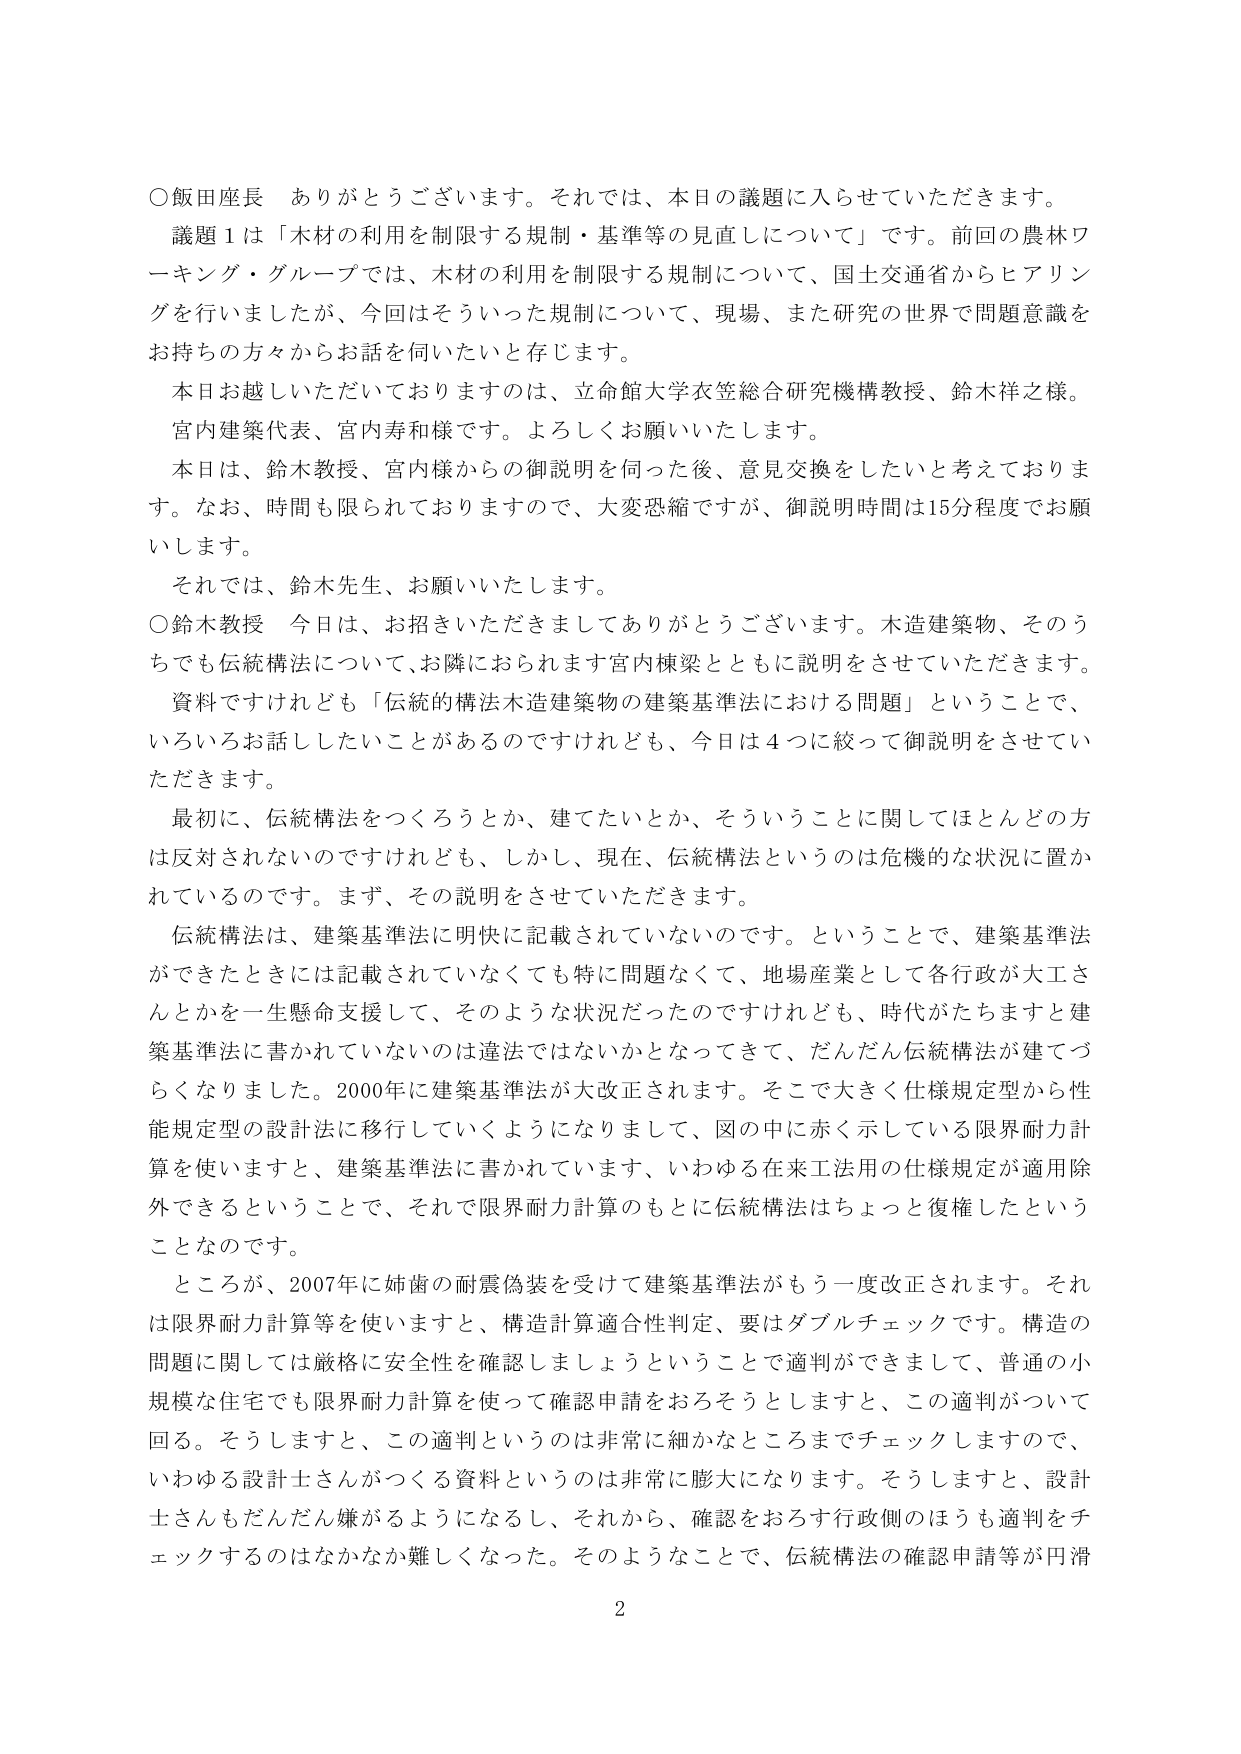
○飯田座長　ありがとうございます。それでは、本日の議題に入らせていただきます。
議題１は「木材の利用を制限する規制・基準等の見直しについて」です。前回の農林ワーキング・グループでは、木材の利用を制限する規制について、国土交通省からヒアリングを行いましたが、今回はそういった規制について、現場、また研究の世界で問題意識をお持ちの方々からお話を伺いたいと存じます。
本日お越しいただいておりますのは、立命館大学衣笠総合研究機構教授、鈴木祥之様。
宮内建策代表、宮内寿和様です。よろしくお願いいたします。
本日は、鈴木教授、宮内様からの御説明を伺った後、意見交換をしたいと考えております。なお、時間も限られておりますので、大変恐縮ですが、御説明時間は15分程度でお願いします。
それでは、鈴木先生、お願いいたします。
○鈴木教授　今日は、お招きいただきましてありがとうございます。木造建築物、そのうちでも伝統構法について、お隣におられます宮内棟梁とともに説明をさせていただきます。
資料ですけれども「伝統的構法木造建築物の建築基準法における問題」ということで、いろいろお話したいことがあるのですがけれども、今日は４つに絞って御説明をさせていただきます。
最初に、伝統構法をつくろうとか、建てたいとか、そういうことに関してほとんどの方は反対されないのですけれども、しかし、現在、伝統構法というのは危機的な状況に置かれているのです。まず、その説明をさせていただきます。
伝統構法は、建築基準法に明快に記載されていないのです。ということで、建築基準法ができたときには記載されていなくても特に問題なく、地場産業として各行政が大工さんとかを一生懸命支援して、そのような状況だったのですけれども、時代がたちますと建築基準法に書かれていないのは違法ではないかとなってきて、だんだん伝統構法が建てづらくなりました。2000年に建築基準法が大改正されます。そこで大きく仕様規定型から性能規定型の設計法に移行していくようになりまして、図の中に赤く示している限界耐力計算を使いますと、建築基準法に書かれています、いわゆる在来工法用の仕様規定が適用除外できるということで、それで限界耐力計算のもとに伝統構法はちょっと復権したということなのです。
ところが、2007年に姉歯の耐震偽装を受けて建築基準法がもう一度改正されます。それは限界耐力計算等を使いますと、構造計算適合性判定、要はダブルチェックです。構造の問題に関しては厳格に安全性を確認しましょうということで適判ができまして、普通の小規模な住宅でも限界耐力計算を使って確認申請をおろそうとしますと、この適判について回る。そうしますと、この適判というのは非常に細かなところまでチェックしますので、いわゆる設計士さんがつくる資料というのは非常に膨大になります。そうしますと、設計士さんもだんだん嫌がるようになるし、それから、確認をおろす行政側のほうも適判をチェックするのはなかなか難しくなった。そのようなことで、伝統構法の確認申請等が円滑

2